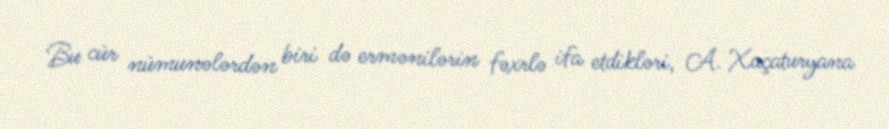
Bu cür nümunələrdən biri də ermənilərin fəxrlə ifa etdikləri, A. Xaçaturyana